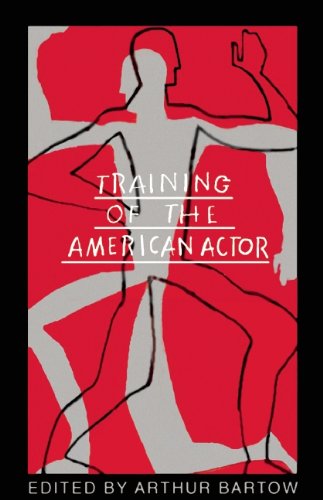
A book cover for Training of the American Actor; Literature & Fiction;